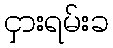
ငှားရမ်းခ